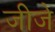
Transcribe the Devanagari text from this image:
जीजे